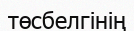
төсбелгінің